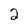
Character: 2